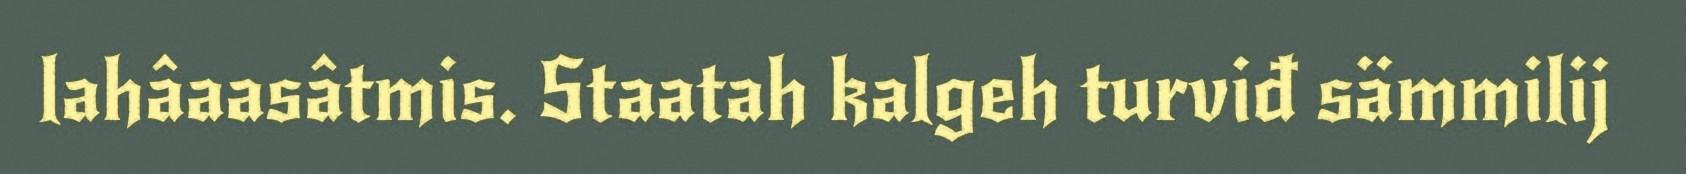
lahâaasâtmis. Staatah kalgeh turviđ sämmilij